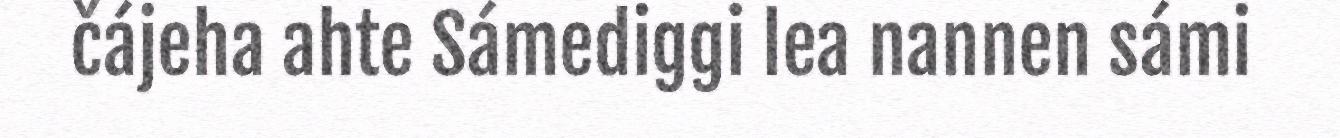
čájeha ahte Sámediggi lea nannen sámi